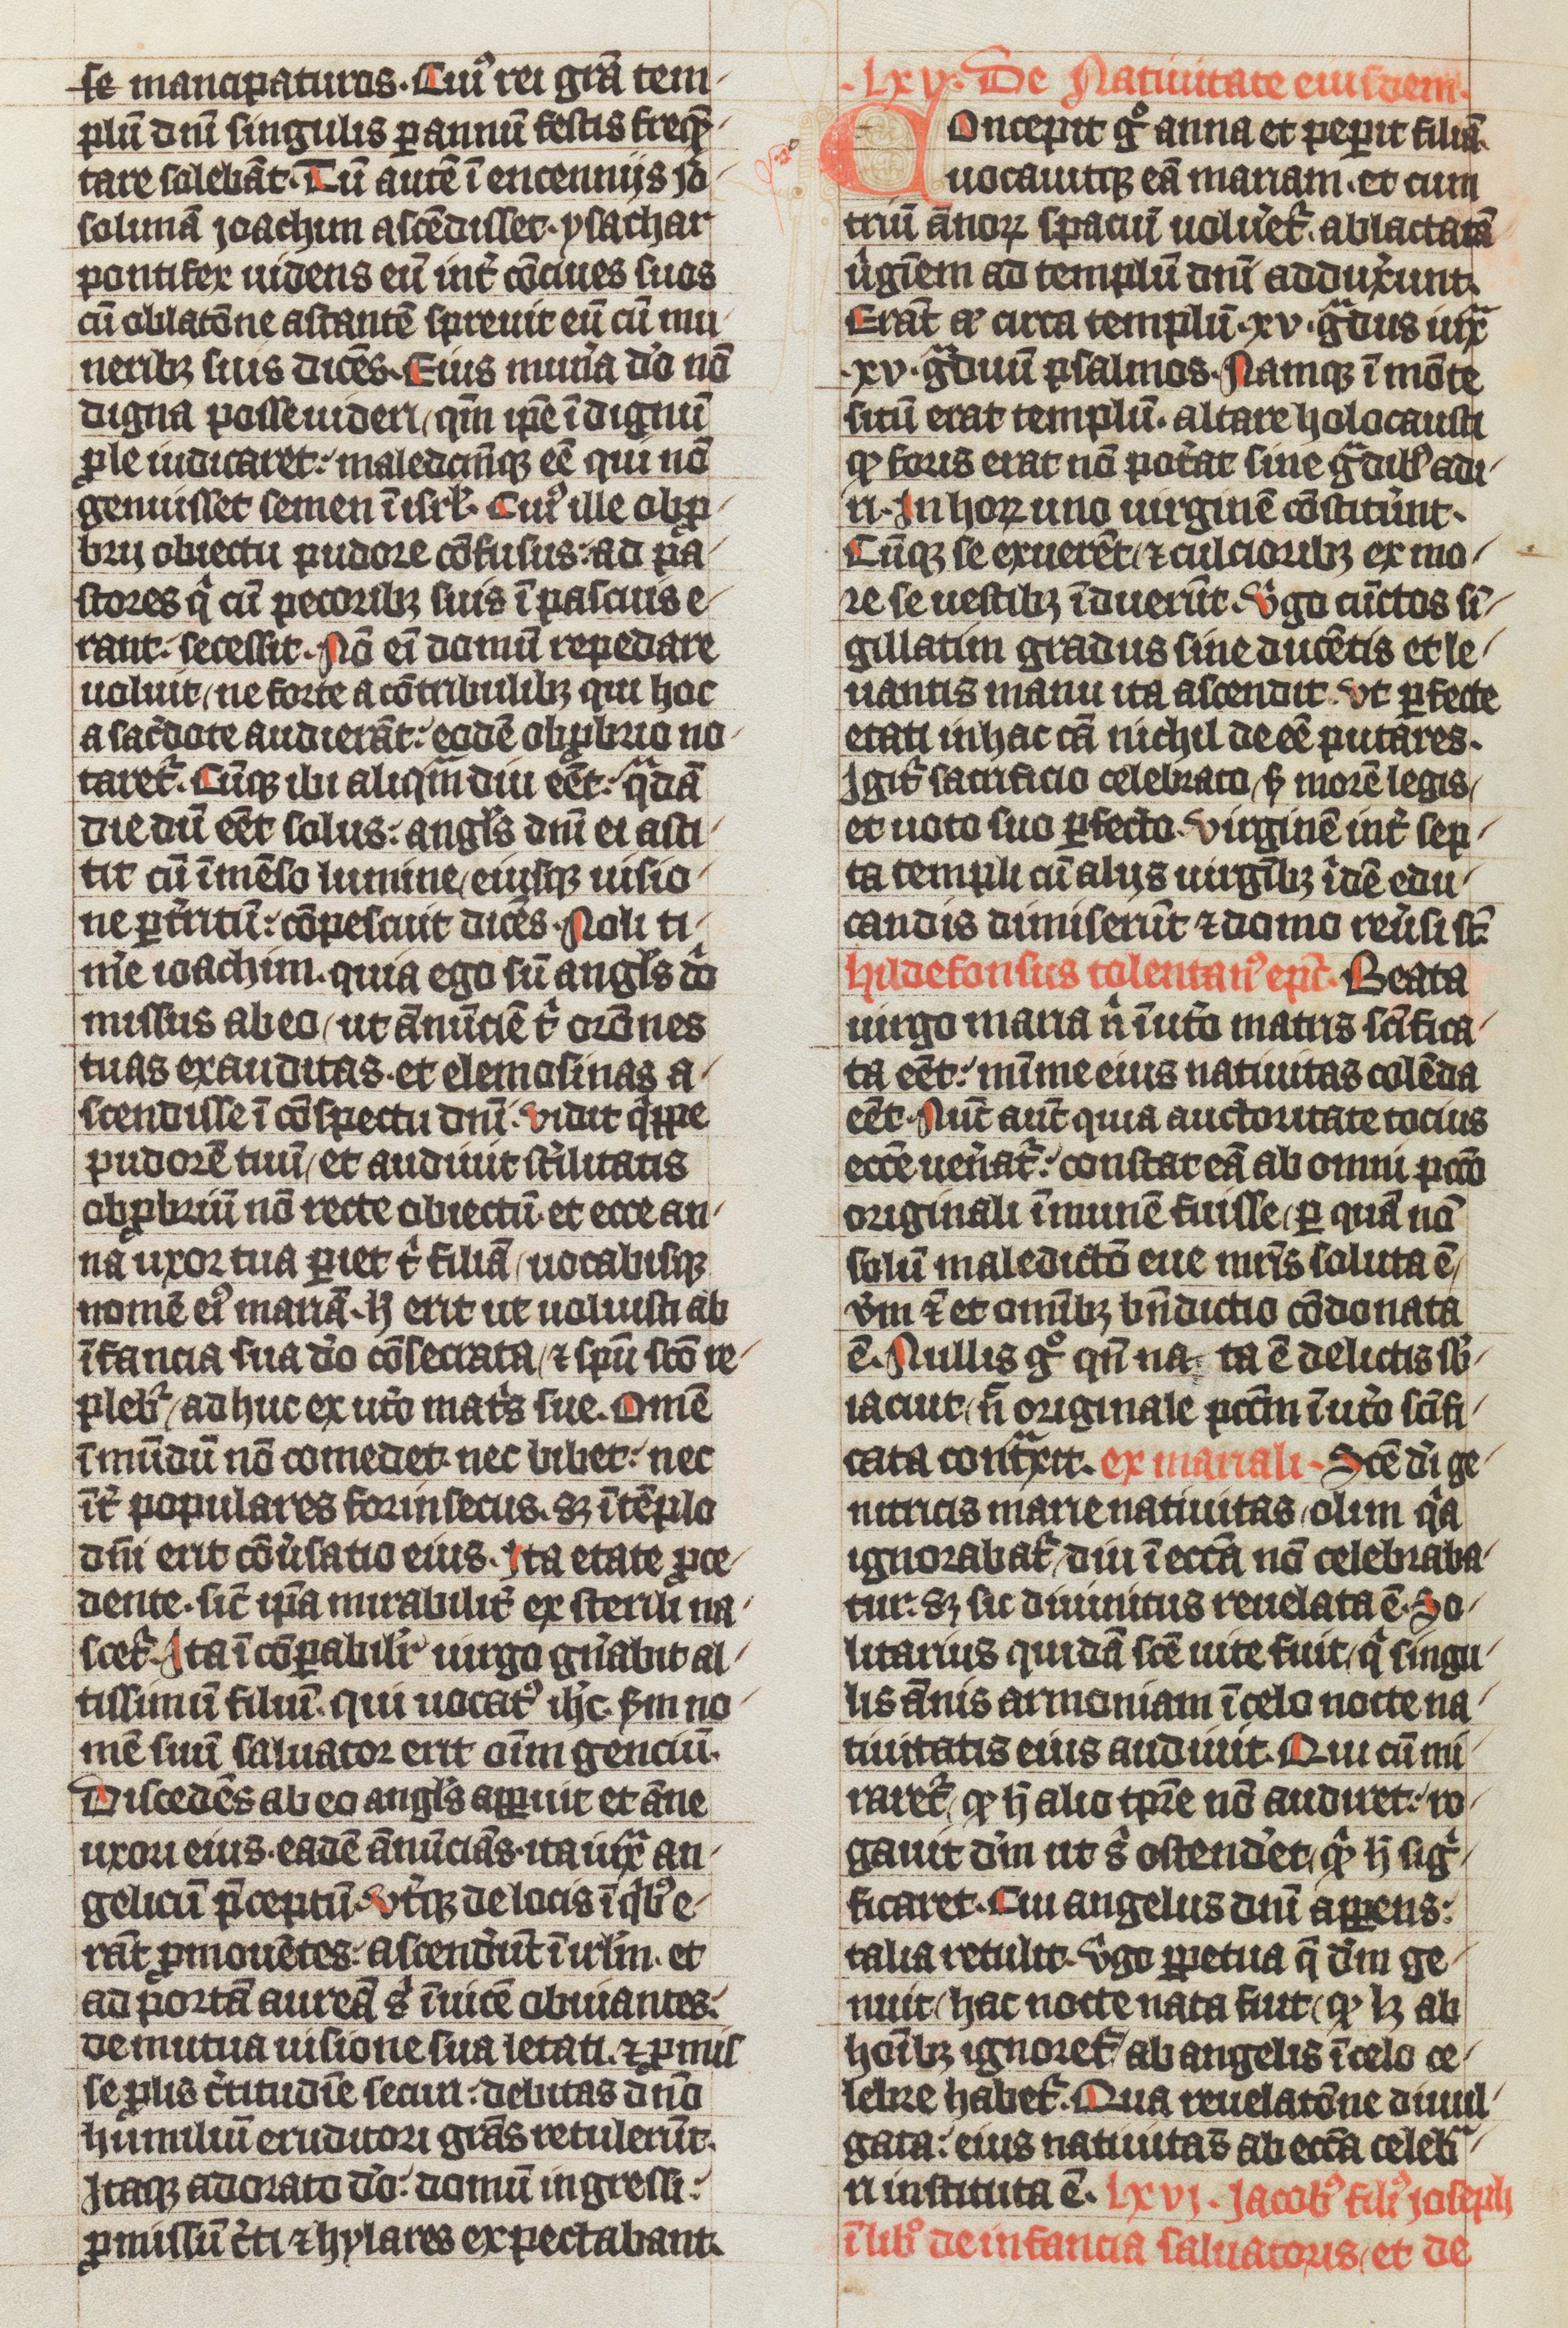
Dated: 1338–1338